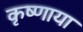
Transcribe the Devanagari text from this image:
कृष्णाया